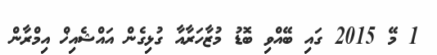
1 މޭ 2015 ގައި ބޭއްވި ބޮޑު މުޒާހަރާއާ ގުޅިގެން އައްޝެއިޚް އިމްރާން